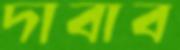
দাবাব